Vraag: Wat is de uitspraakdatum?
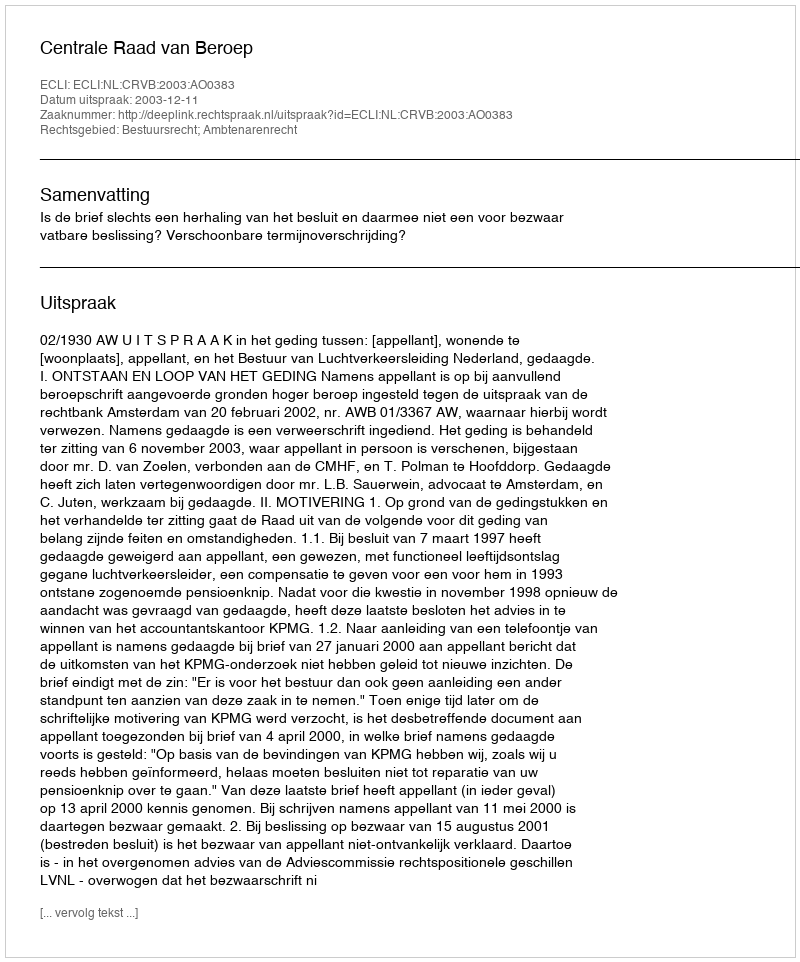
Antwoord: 2003-12-11